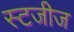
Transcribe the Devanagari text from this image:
स्टजीज